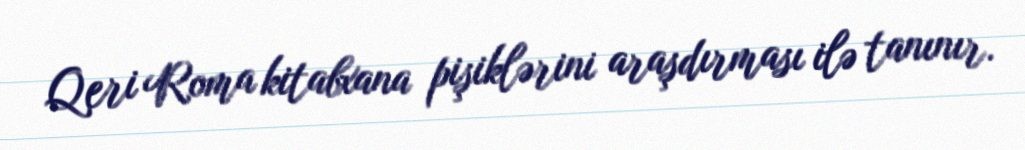
Qeri Roma kitabxana pişiklərini araşdırması ilə tanınır.